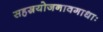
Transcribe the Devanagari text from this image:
सहस्रयोजनावगाधाः